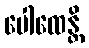
ပေါထေန္တိ